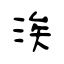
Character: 涘